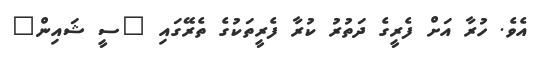
އެވެ. ހުރާ އަށް ފެރީގެ ދަތުރު ކުރާ ފެރީތަކުގެ ތެރޭގައި "ސީ ޝައިން"